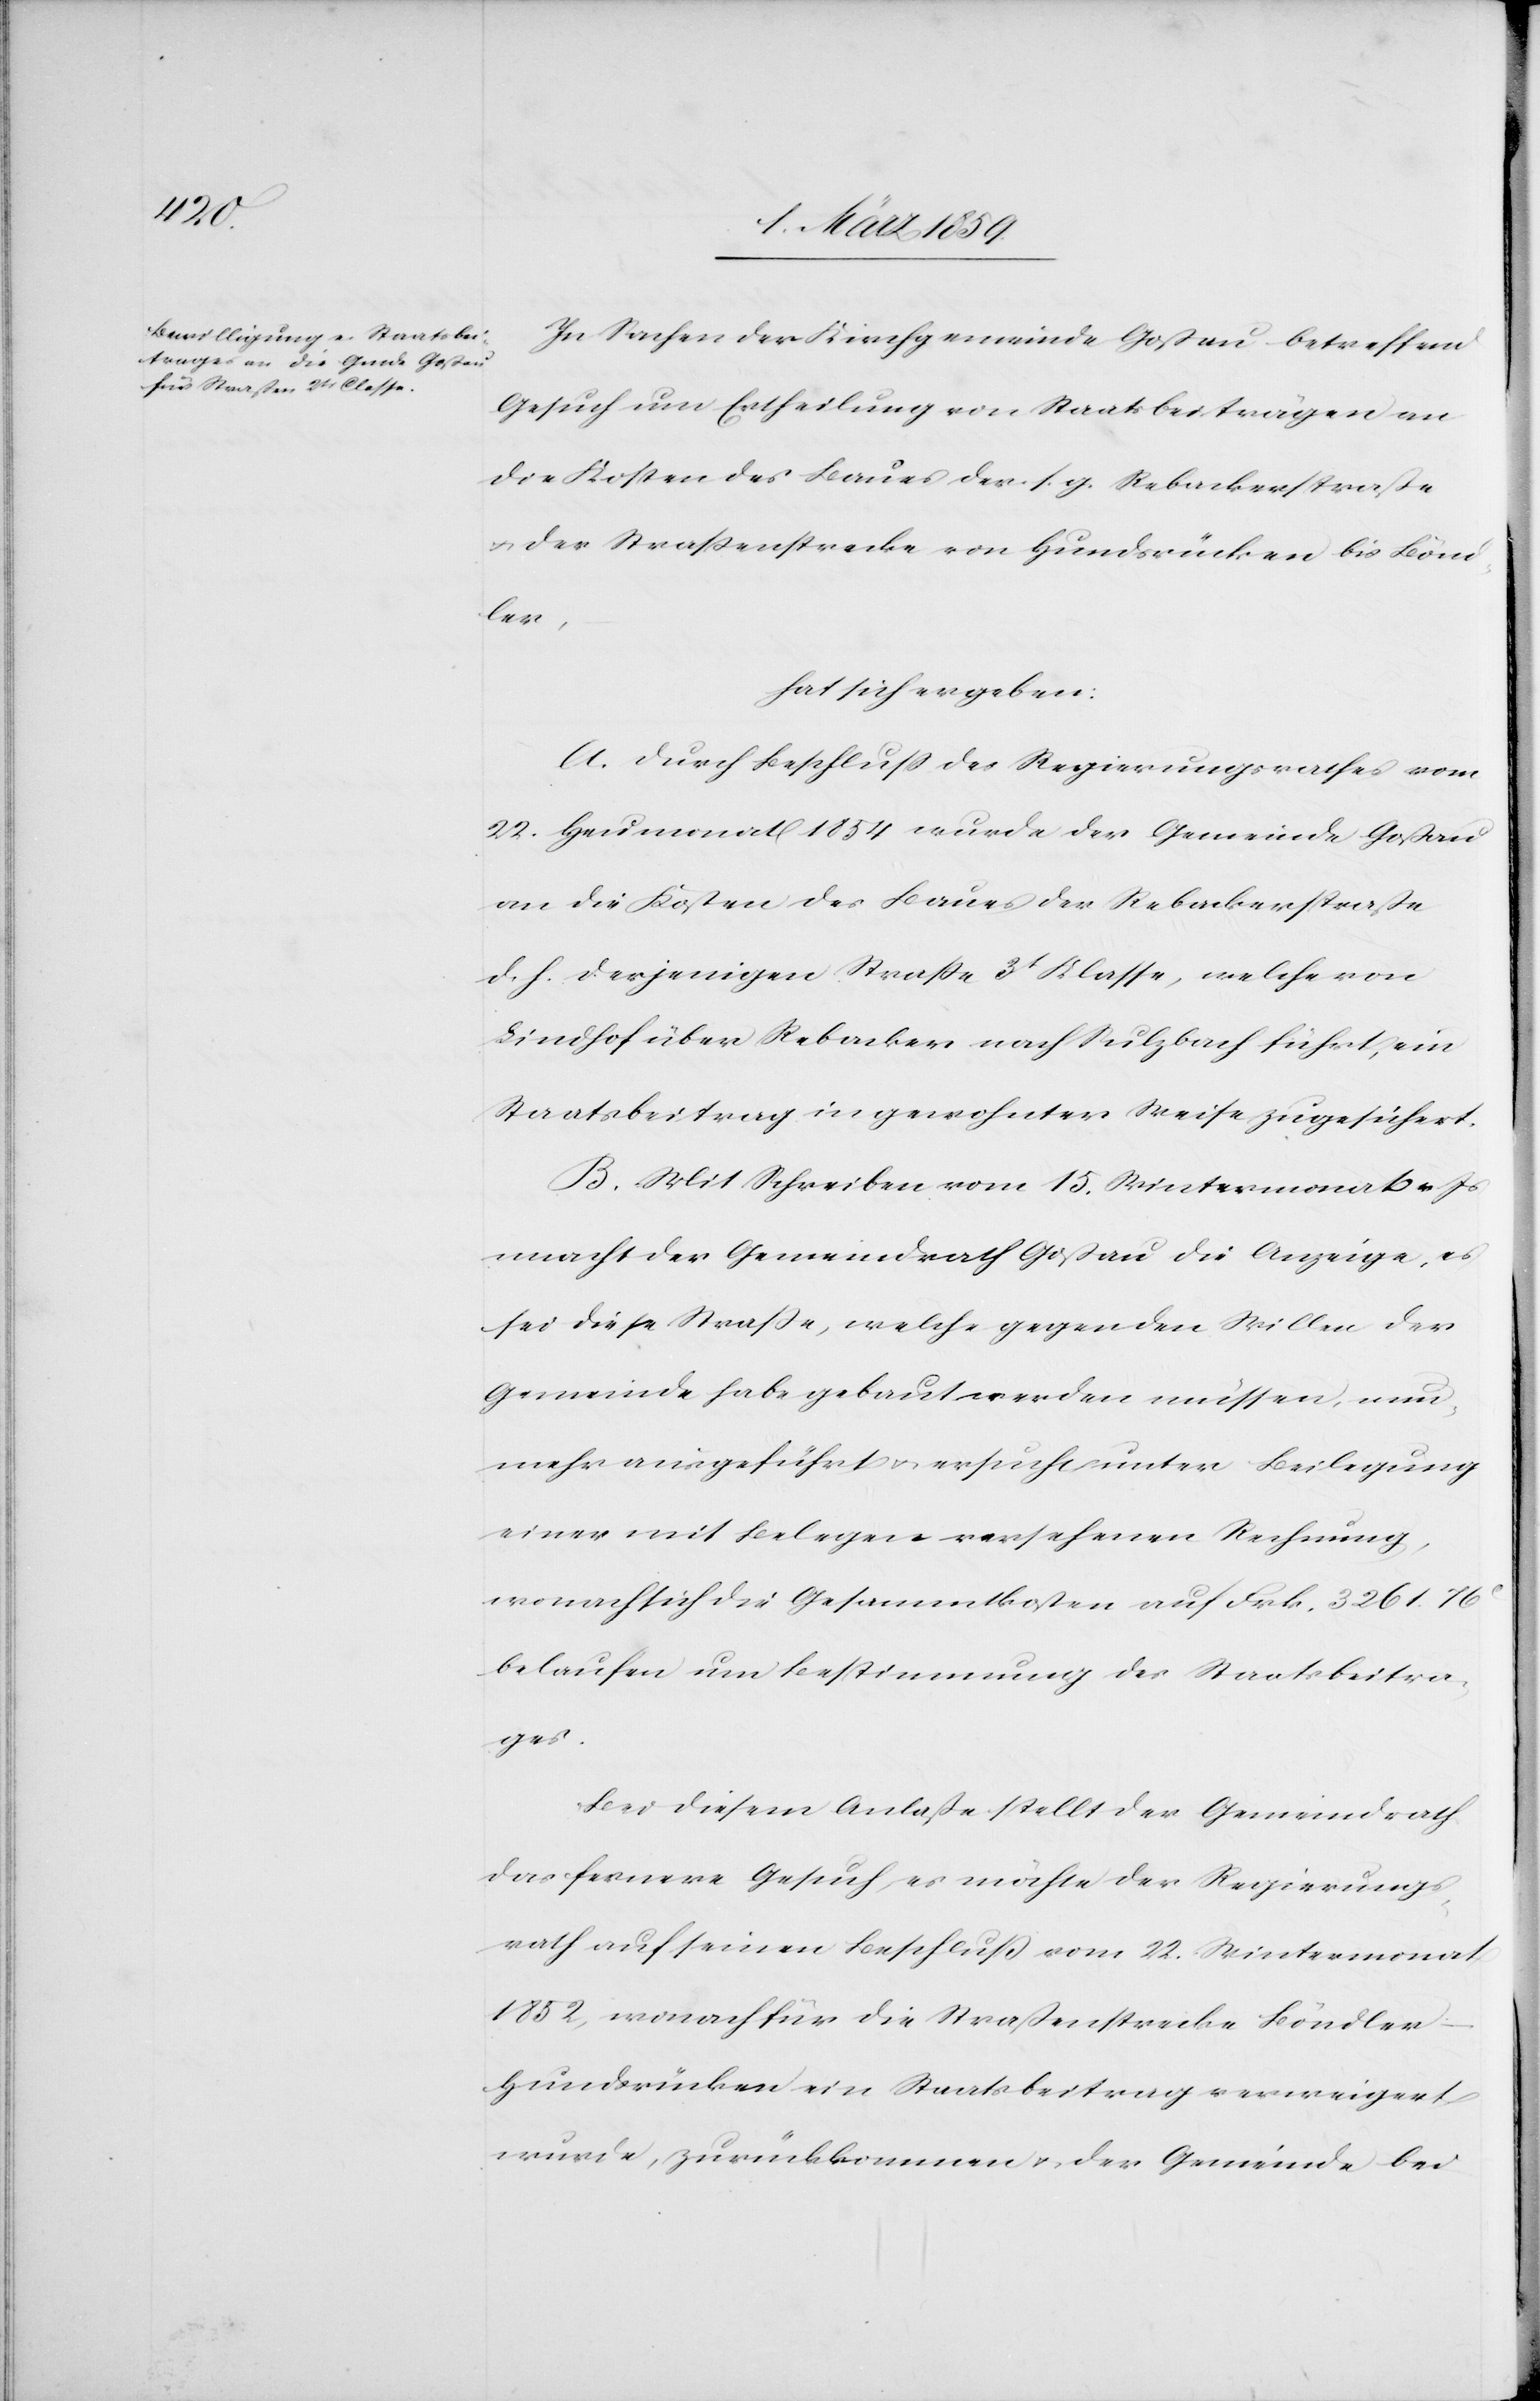
In Sachen der Kirchgemeinde Goßau betreffend
Gesuch um Ertheilung von Staatsbeiträgen an
die Kosten des Baues der s. g. Rebackerstraße
u. der Straßenstrecke von Hundsrücken bis Bönd¬
ler,
hat sich ergeben:
A. Durch Beschluß des Regierungsrathes vom
22. Heumonat 1854 wurde der Gemeinde Goßau
an die Kosten des Baues der Rebackerstraße
d. h. derjenigen Straße 3t Klasse, welche von
Lindhof über Rebacker nach Sulzbach führt, ein
Staatsbeitrag in gewohnter Weise zugesichert.
B. Mit Schreiben vom 15. Wintermonat v. Js
macht der Gemeindrath Goßau die Anzeige, es
sei diese Straße, welche gegen den Willen der
Gemeinde habe gebaut werden müssen, nun¬
mehr ausgeführt u. ersucht unter Beilegung
einer mit Belegen versehenen Rechnung,
wonach sich die Gesammtkosten auf Frk. 3261. 76
belaufen um Bestimmung des Staatsbeitra¬
ges.
Bei diesem Anlaße stellt der Gemeindrath
das fernere Gesuch, es möchte der Regierungs¬
rath auf seinen Beschluß vom 22. Wintermonat
1852, wonach für die Straßenstrecke Böndler–H¬
undsrücken ein Staatsbeitrag verweigert
wurde, zurückkommen u. der Gemeinde bei